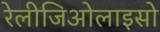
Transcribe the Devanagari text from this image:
रेलीजिओलाइसो